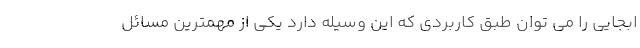
ابجایی را می­ توان طبق کاربردی که این وسیله دارد یکی از مهمترین مسائل